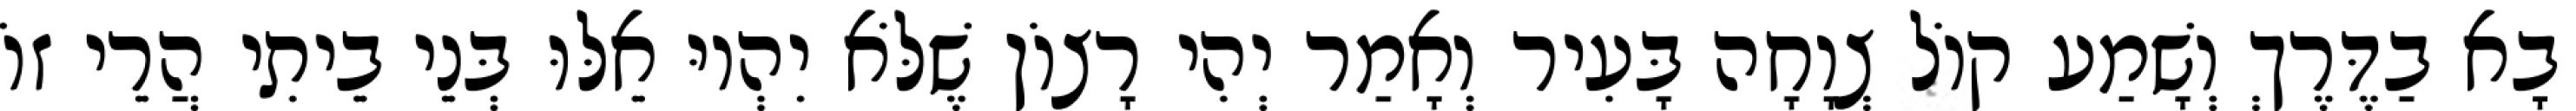
בָא בַדֶּרֶךְ וְשָׁמַע קוֹל צְוָחָה בָּעִיר וְאָמַר יְהִי רָצוֹן שֶׁלֹּא יִהְיוּ אֵלּוּ בְּנֵי בֵיתִי הֲרֵי זוֹ